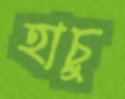
হাচু